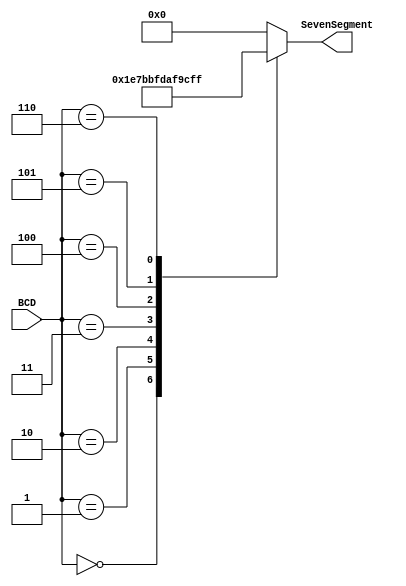
module BCD_Decoder(
    input [2:0]BCD,
    output reg [6:0]SevenSegment
);
//------------------------------------------------------------------------------
// Combinational circuit to convert BCD input to seven-segment output
always @(BCD) 
begin
case(BCD)
    // gfedcba
    
    4'd0 : SevenSegment <= 7'b1111001; //letter E //     a
    4'd1 : SevenSegment <= 7'b1110111; //letter R //    ----
    4'd2 : SevenSegment <= 7'b0111111; //letter O //   |   |
    4'd3 : SevenSegment <= 7'b1101101; //letter S //  f| g |b
    4'd4 : SevenSegment <= 7'b0111110; //letter U //    ----
    4'd5 : SevenSegment <= 7'b0111001; //letter C //   |   |
    4'd6 : SevenSegment <= 7'b1111111; //all off  //  e|   |c
                                                  //    ----
                                                  //      d
    //These letters can be used in combination to output
    //SUCCESS or
    //ERROR
default: SevenSegment <= 7'b0000000;
endcase
end
//--------------------------------------------------------------
endmodule